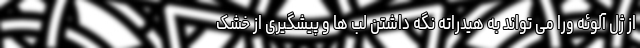
از ژل آلوئه ورا می تواند به هیدراته نگه داشتن لب ها و پیشگیری از خشک